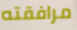
مرافقته